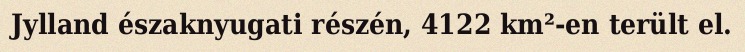
Jylland északnyugati részén, 4122 km²-en terült el.